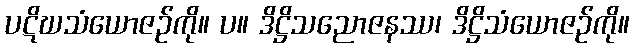
ပဋိဃသံယောဇဉ်ကို။ ပ။ ဒိဋ္ဌိသညောဇနဿ၊ ဒိဋ္ဌိသံယောဇဉ်ကို။